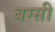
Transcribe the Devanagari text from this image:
बग्सी